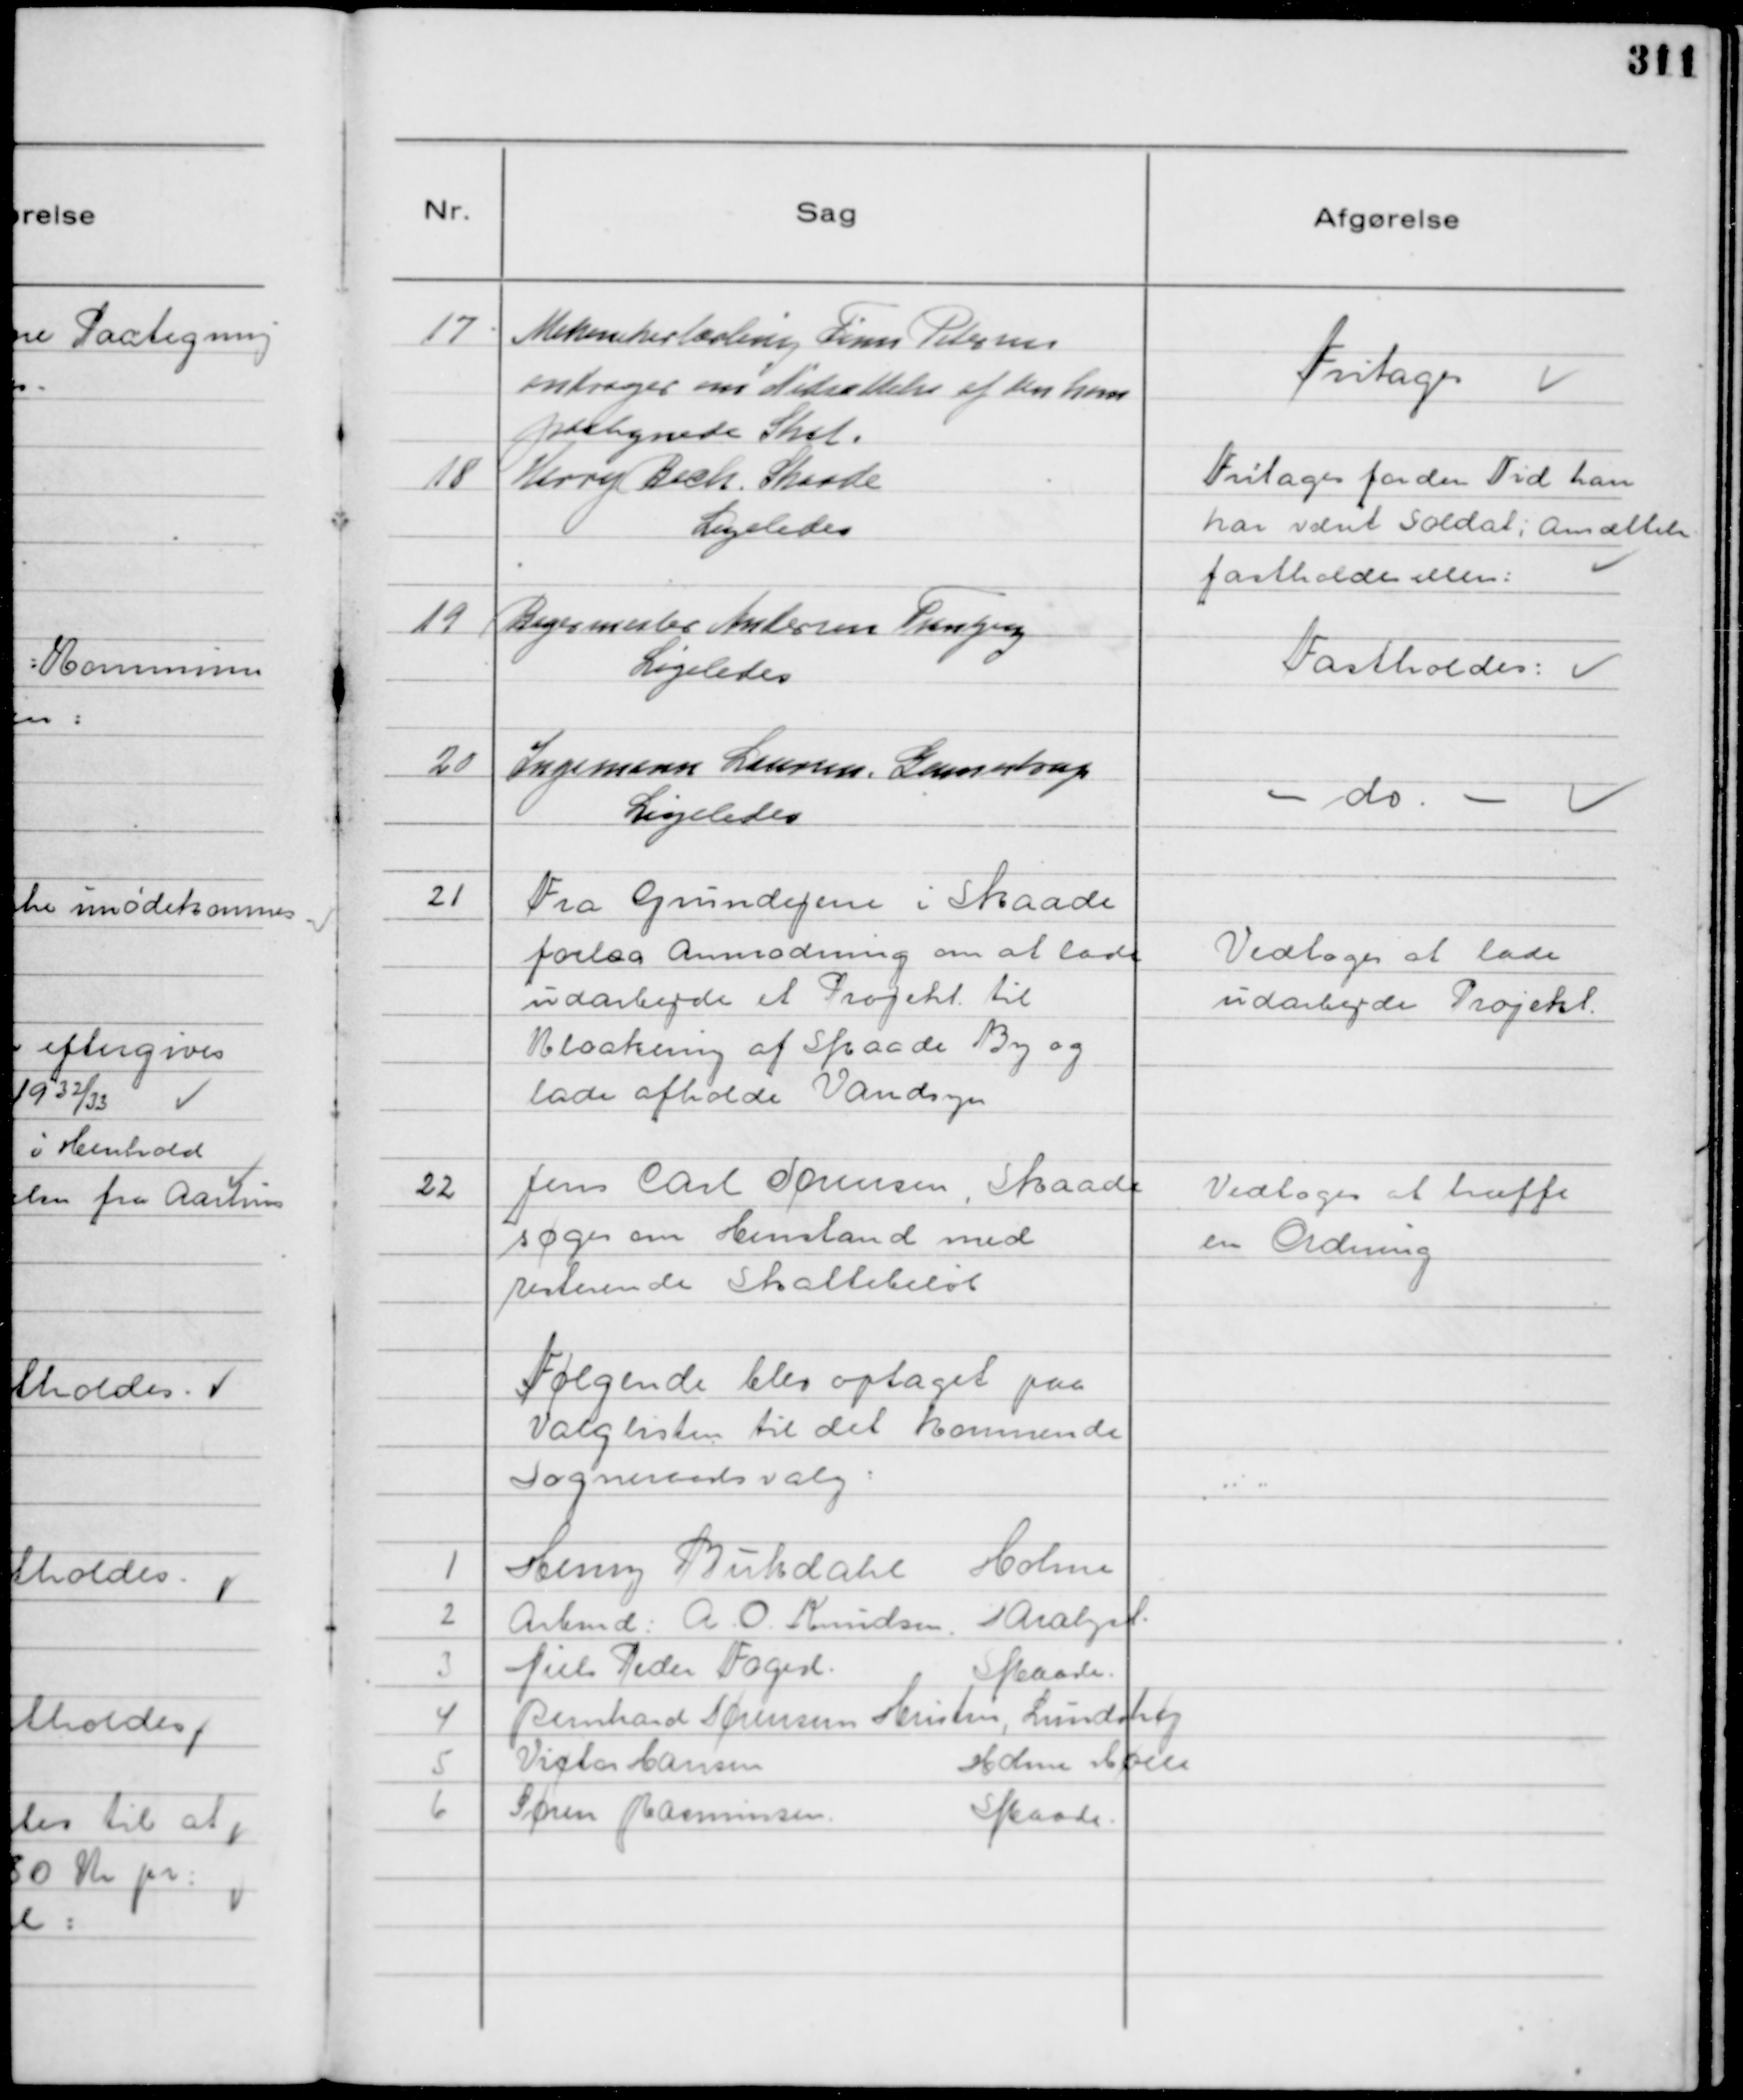
Transskription:
17
Mekanikerlærling Finn Petersen
andrager om Nedsættelse af den ham
paalignede Skat.

Fritages

18
Harry Bech. Skaade
Ligeledes

Fritages for den Tid han
har været Soldat: Ansættelse
fastholdes ellers:

19
Bagermester Andersen Tranbjerg
Ligeledes

Fastholdes:

20
Ingemann Laursen Gunnestrup
Ligeledes

- do -

21
Fra Grundejene i Skaade
forelaa Anmodning om at lade
udarbejde et Projekt til
Kloakering af Skaade By og
lade afholde Vandsyn

Vedtoges at lade
udarbejde Projekt.

22
Jens Carl Sørensen, Skaade
søger om Henstand med
resterende Skattebekøb

Vedtages at træffe
en Ordning

Følgende blev optaget paa
Valglisten til det kommende
Sogneraadsvalg:
1 Henry Bukdahl
Holme
2 Arbmd: A. O. Knudsen.
saralyst
3 Niels Peder Fagersl.
Skaade.
4 Bernhard Sørensens Hustru, Lundshøj
5 Victor Hansen
Holme Mølle
6 Søren Rasmussen
Skaade.